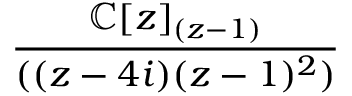
\frac { \mathbb { C } [ z ] _ { ( z - 1 ) } } { ( ( z - 4 i ) ( z - 1 ) ^ { 2 } ) }